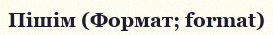
Пішім (Формат; format)